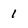
Character: 1